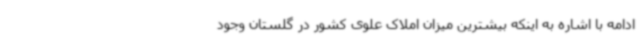
ادامه با اشاره به اینکه بیشترین میزان املاک علوی کشور در گلستان وجود